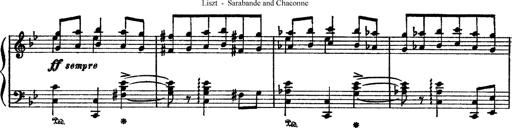
Title: Sarabande und Chaconne aus dem Singspiel
Composer: Franz Liszt